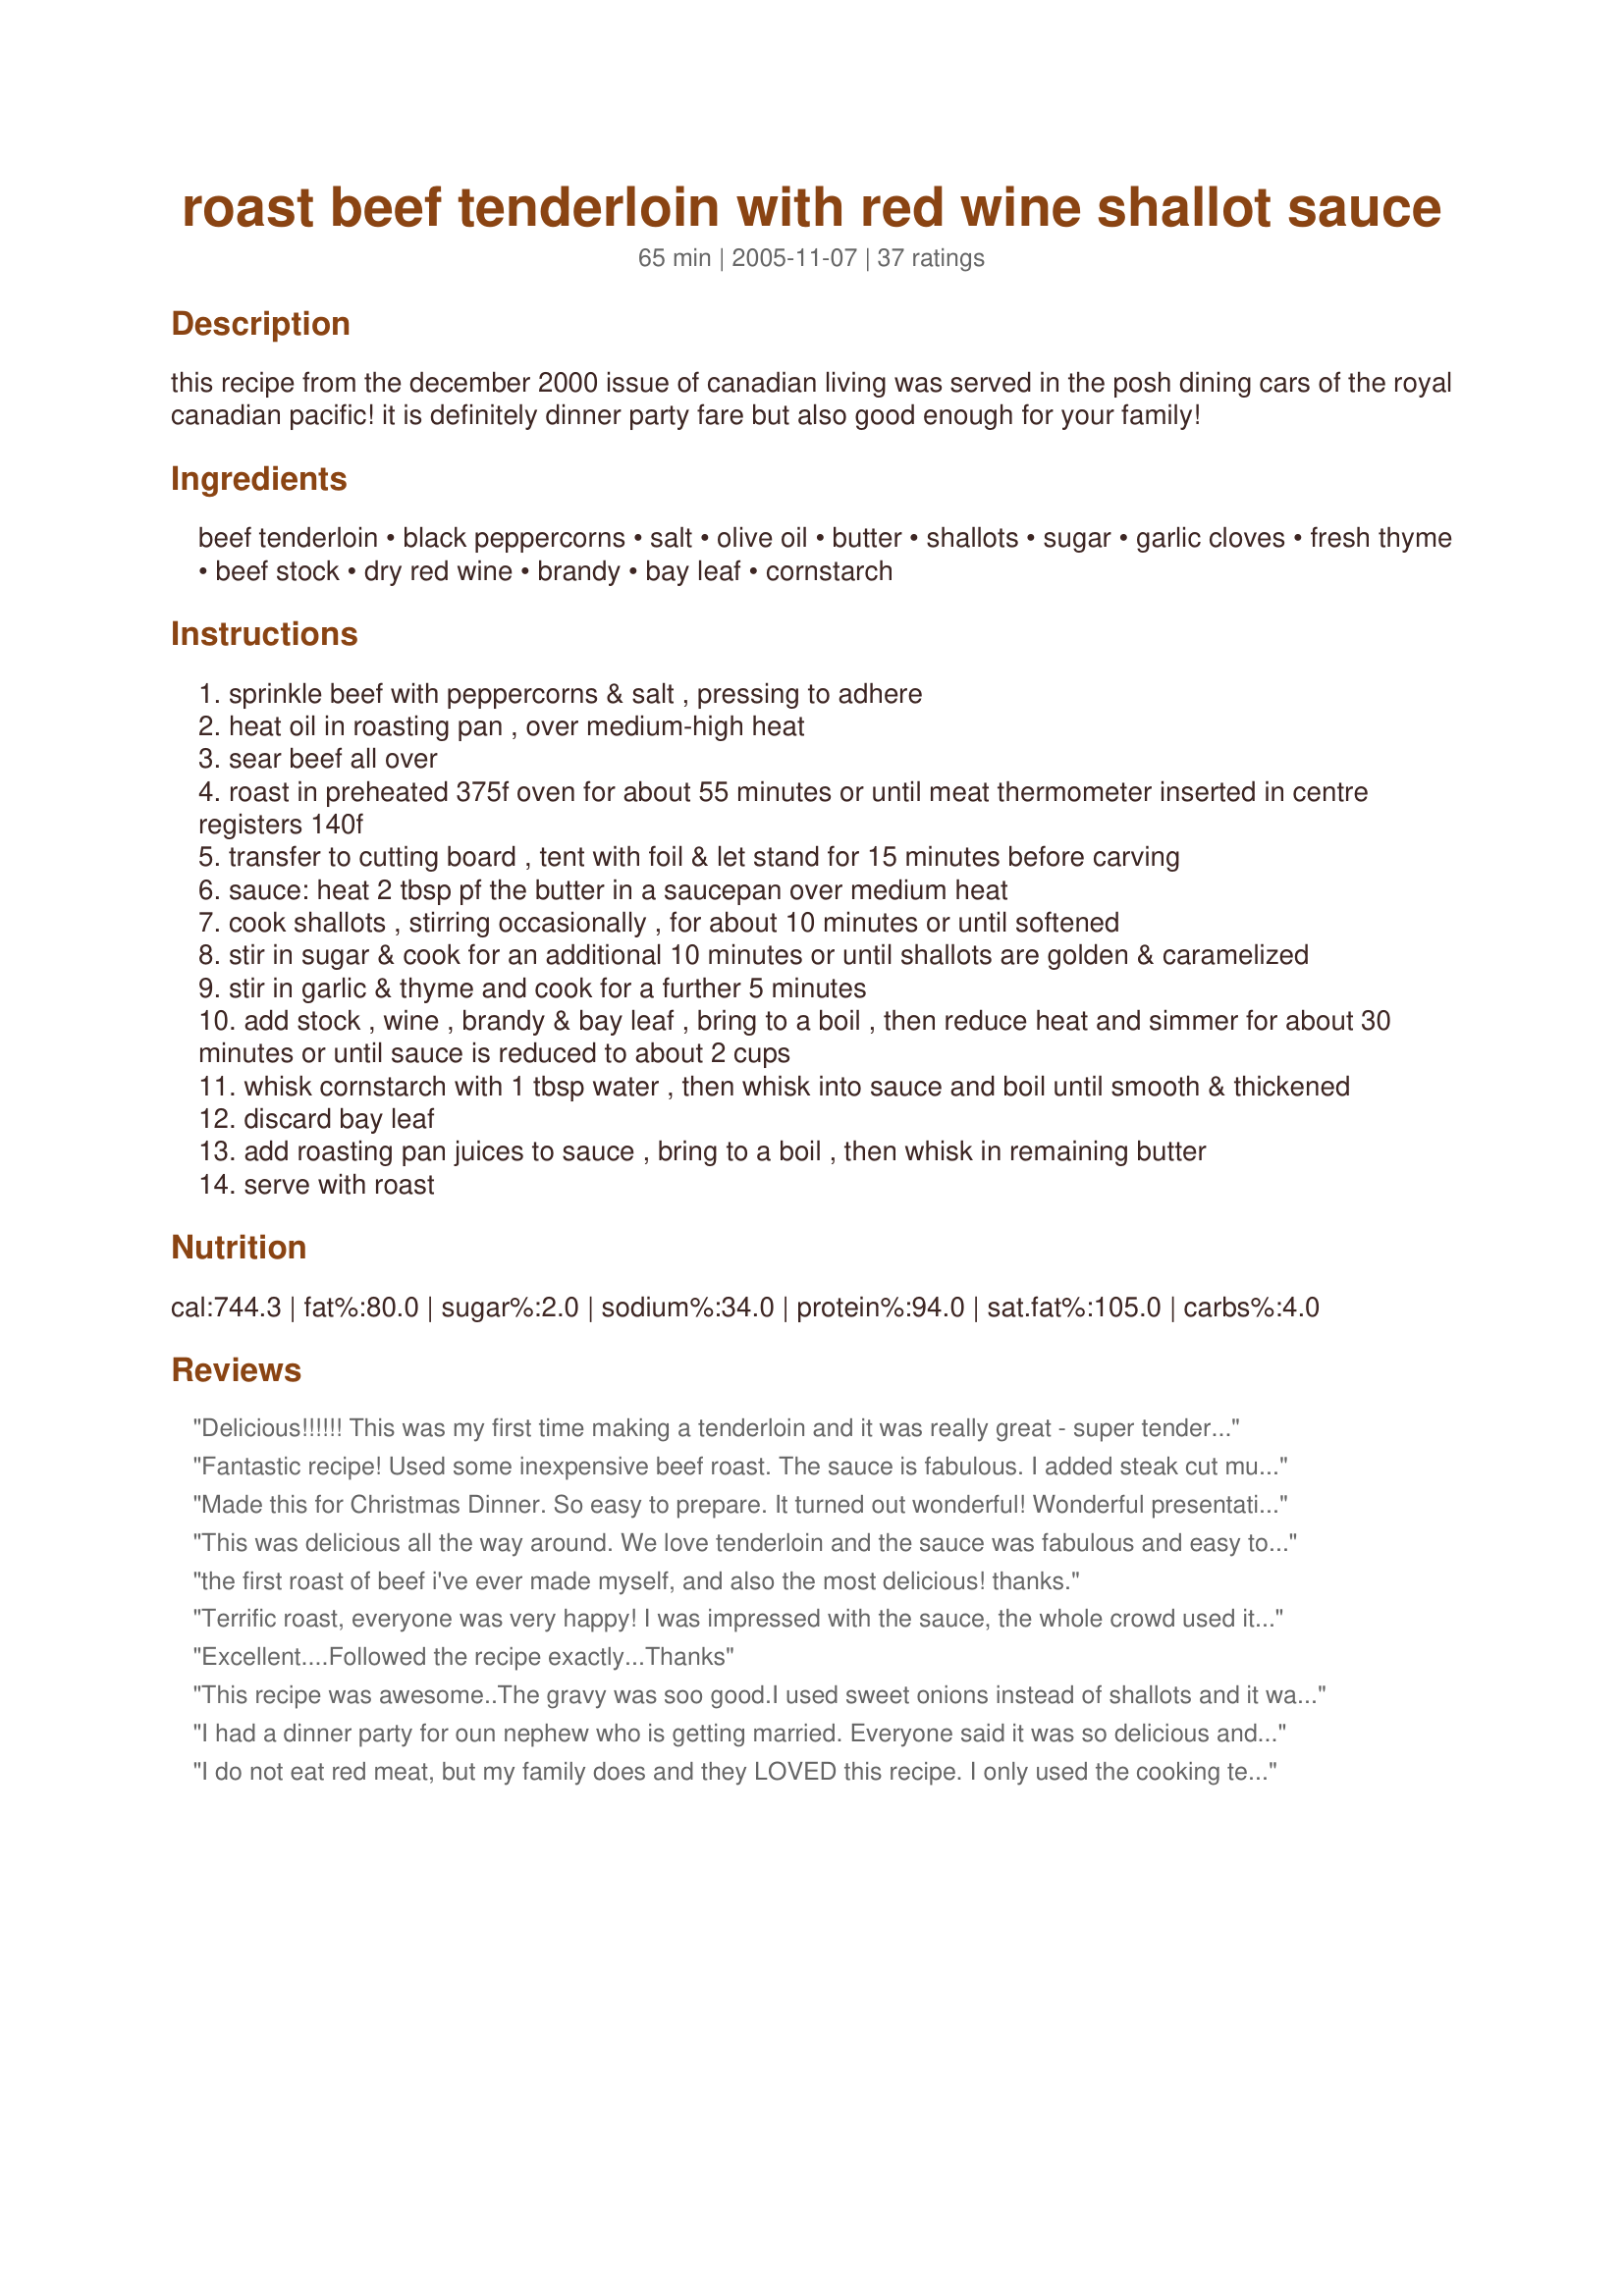
roast beef tenderloin with red wine shallot sauce
Preparation time: 65 minutes

this recipe from the december 2000 issue of canadian living was served in the posh dining cars of the royal canadian pacific! it is definitely dinner party fare but also good enough for your family!

Ingredients:
beef tenderloin, black peppercorns, salt, olive oil, butter, shallots, sugar, garlic cloves, fresh thyme, beef stock, dry red wine, brandy, bay leaf, cornstarch

Steps:
sprinkle beef with peppercorns & salt , pressing to adhere
heat oil in roasting pan , over medium-high heat
sear beef all over
roast in preheated 375f oven for about 55 minutes or until meat thermometer inserted in centre registers 140f
transfer to cutting board , tent with foil & let stand for 15 minutes before carving
sauce: heat 2 tbsp pf the butter in a saucepan over medium heat
cook shallots , stirring occasionally , for about 10 minutes or until softened
stir in sugar & cook for an additional 10 minutes or until shallots are golden & caramelized
stir in garlic & thyme and cook for a further 5 minutes
add stock , wine , brandy & bay leaf , bring to a boil , then reduce heat and simmer for about 30 minutes or until sauce is reduced to about 2 cups
whisk cornstarch with 1 tbsp water , then whisk into sauce and boil until smooth & thickened
discard bay leaf
add roasting pan juices to sauce , bring to a boil , then whisk in remaining butter
serve with roast

Reviews:
Delicious!!!!!! This was my first time making a tenderloin and it was really great - super tender and juicy. One note - it was medium well after the recommended 55 minutes so next time I will check it after about 40 minutes as we like it medium rare. This will allow for us to still be able to tent it and not have it be too well done after tenting.
Sauce was great - never got it to thicken enough b/c we ran out of time but it was delicous, even as an "au jus". I used shiraz wine and it was delicious.
Fantastic recipe! Used some inexpensive beef roast. The sauce is fabulous. I added steak cut mushrooms to the sauce (sauteed them briefly with the shallots for the last 5 minutes, right before you add the broth/wine etc.). Served with baby carrots and potatoes that I cut up, boiled, and then briefly tossed with butter, thyme, rosemary, and marjoram over med heat. Served with the gravy on the potatoes too, absolutely fantastic. This recipe is a definite keeper. Next time, I will do the beef in the crockpot however, for tenderness (that way I can still use a cheaper cut of beef).
Made this for Christmas Dinner. <br/>So easy to prepare. <br/>It turned out wonderful! Wonderful presentation and so so good!<br/>I can not wait to make a beef tenderloin again! <br/><br/>Thanks for sharing this keeper recipe.
This was delicious all the way around. We love tenderloin and the sauce was fabulous and easy to make. I will definitely make this again.
the first roast of beef i've ever made myself, and also the most delicious! thanks.
Terrific roast, everyone was very happy! I was impressed with the sauce, the whole crowd used it as gravy over the meat and the Hasselback potatoes that accompanied the roast. I did strain the sauce, because I personally like a smooth sauce. I will recommend this to all my beef-loving friends!
Excellent....Followed the recipe exactly...Thanks
This recipe was awesome..The gravy was soo good.I used sweet onions instead of shallots and it was amazing.I will be making this again and again...Thanks for the recipe
I had a dinner party for oun nephew who is getting married. Everyone said it was so delicious and it is so easy to do. Just do it exactly as it is written.
I am adding it to my favorite recipes for sure.
I do not eat red meat, but my family does and they LOVED this recipe. I only used the cooking technique for the beef tenderloin and not the sauce, but they all had great things to say about the beef, so thank you Country Lady for your help!
This sauce is out of this world delicious! I used all wine in mine and it was still very tasty without the brandy. This really sent my roast to another level! I will be using this often, as it was a huge hit all around the table!
Simple to prepare with delicious results!
These reduction sauces are best made directly in the same pan the meat was cooked in. Deglazing the pan with the wine, stirring up all those caramelized bits and juices with the stock, then reducing it all down is what develops depth of flavor.
This dinner was simply amazing, I served it to my guests for Sunday dinner. I didn't have fresh thyme so I used about 2 teaspoons dried, I used a small onion in place of shallots, and increased the garlic, I doubled the recipe and made one beef and one pork tenderloin, since I had a large amount of people to feed, I would honestly love to rate this higher, it is a restaurant-quality dish. Please don't omit the brandy! Thanks Marg for making my Sunday dinner so special!...Kitten:)
This was superb. We had it for Christmas dinner. Everyone loved the sauce and put it all over everything...meat, rolls, mashed potatoes, you name it. I did cook it for 55 minutes, after which it was medium rare, then the other cooked for 10 minutes extra to achieve a medium temp. Great recipe!
This recipe is awesome! I made it for a dinner party and it was a huge hit. I made the sauce in advance before my guests even came and then when the meat was done added the juices and reheated before serving. SO easy too! I also added some fresh herbs (rosemary and thyme)and garlic to the outside of the tenderloin before roasting it. Will definitely make again.
Thank you fpr sharing, this is very good! I will make it again.
OMG!! Absolutely fantastic. Thanks! Al
WOW!!! This sauce ia amazing. I grilled the steaks and then put the sauce on top after removing the steaks from the grill. Amazing!!!
This was my first try at making a roast, and boy did I ever pick a fantastic recipe! The sauce took a while, but it was very easy to do. Thanks for posting the recipe and for making look like a professional chef to my family. WoW!!!!!!!!!!!
Made as directed, this is one succulent tenderloin! I feel this deserves more than 5 stars, but what can I say other than "Make It!" We loved this dish and they are right, it is company worthy, heck, it's Queen of Sheba worthy :) I am saving this to make again, as it doesn't get any better than this. There may be some as good but none better!
I have made this a few times now. The first time I made only the sauce (see 7/10 review below). Yesterday I made a 4# tenderloin & sauce with one major change. Per my BIL/pro-chef, I used an 450°F convection oven temperature for 30 minutes for a perfect medium rare result. BTW the sauce & beef can be made ahead of time. I did this the day before. If doing do, sear the beef on the stove top or grill, wrap tightly in foil and refrigerate for up to a day. 60 minutes prior to cooking, remove from the fridge & unwrap to warm up. Bake until desired doneness, let rest for 10-15 minutes before slicing. Before roasting I re-seasoned the beef with olive oil, rosemary, garlic powder, S&P.<br/>7/09 Sauce review only: I seared my tenderloin on the outdoor grill and made the sauce recipe as suggested. It turned out great. I halved the recipe and made ahead with the intent on warming adding the cornstarch before serving then forgot to add the cornstarch and it was still wonderful. I would recommend for individual filet mignon as well.
Do you need brandy or can I substitute something else?
Absolutely wonderful! Didn't have the brandy but wonder if Whiskey would do just as well. Hmm... I added fresh sliced mushrooms to the sauce and served over fresh garlic pasta and the "grilled" tenderloin. Simply scrumptious!! You really need to add some nice hot crusty bread to the recipe to sop up all the goodness with. Yum!!
Amazing roast!
Made this for christmas dinner 2006. Followed recipe exactly and it turned out perfectly. Everyone loved it. The sauce was excellent!! And very easy to make. Thanks for posting.
Oh My Gosh!!! Did this make me look like a star! The beef was melt-in-your-mouth tender and the sauce.....I could have eaten a bowl of that all by itself. Made it for Christmas dinner and it was devoured and loved by all. Thank you for sharing. This one is definately a keeper!
The stars are for the roast beef tenderloin without the sauce. I didn't make the sauce this time, but I look forward to making it again with the sauce. The preparation and time for the roast are right on, and produce a delicious tender outcome.
This was a big hit for our Christmas dinner. I followed the tips of some reviewers and seared it on my grill first. I put it in a roasting pan and then set it back on the closed grill, increasing my oven space! It worked great.
Thank you! Thank you! Thank you! Made this as the main course for Christmas Dinner for a crowd of eight. We couldn't hear the conversation over the MMMMMM'sss.... Perfect amount of the time in the oven! I followed the recipe to the letter including actual shallots and fresh spices. Just scrumptious and not overly time consuming. Make this if you want to impress.
This recipe was excellent! I BBQ'd the roast & used sweet onions in place of the shallots, since that's what I had on hand. It turned out wonderful, I will for sure be making this again!
This is absolutely amazing and a lot easier than it looks. This was my first beef roast from scratch ever and it came out amazing! I am definately making this again.
Oh my! This was fantastic! I can't say enough. I could not get shallots so I had to use sweet yellow onions. That was the only change I made.
Wow. Just superb. I did rub with smashed peppercorns (red, white and black). Otherwise followed recipe exactly and it was wonderful. Will make this again soon! Thanks for a great one.
This is an excellent recipe! The only thing I do differently is add some heavy cream to the sauce near the end.
Excellent sauce! I didn't have beef tenderloin, so I made this recipe with 4 filet mignon steaks for easter and it was absolutely delicious. I did add a little worcestershire & a slurp of cream to the sauce. The longer you reduce it, the better the flavor gets. My family raved about it even though they told me that filet mignon didn't need a sauce, once they tasted this they changed their mind. Since I used steaks I seared them on high heat and finished them in the oven while the sauce was reducing. Fantastic! Thanks for posting such a great recipe.
Made it for the holidays and it was a HIT!! Thanks loved it!!
